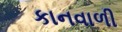
કાનવાળી